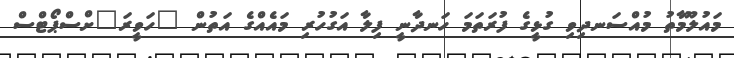
މައުލޫމާތު މުއްސަނދިވި ގުޅީގެ ފުރަތަމަ ހަނދާނީ ފިލާ އަގުހުރި މައެއްގެ އަތުން "ހަވީރަ"ށްސްޕޯޓްސް